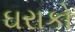
ઘરાકો